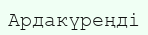
Ардакүреңді